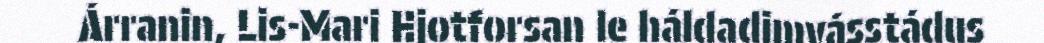
Árranin, Lis-Mari Hjotforsan le háldadimvásstádus